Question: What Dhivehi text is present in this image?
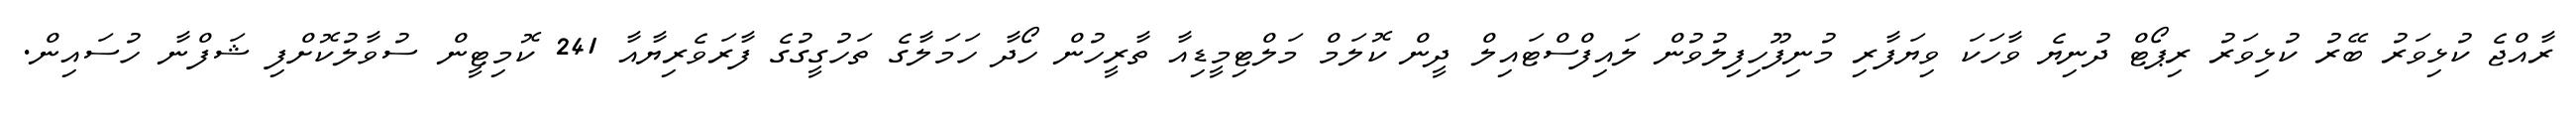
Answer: ރާއްޖެ ކުޅިވަރު ބޭރު ކުޅިވަރު ރިޕޯޓް ދުނިޔެ ވާހަކަ ވިޔަފާރި މުނިފޫހިފިލުވުން ލައިފްސްޓައިލް ދީން ކޮލަމް މަލްޓިމީޑިއާ ތާރީހުން ހޯދާ ހަމަލާގެ ތަހުގީގުގެ ފާރަވެރިޔާއާ 241 ކޮމިޓީން ސުވާލުކޮށްފި ޝަފްނާ ހުސައިން.